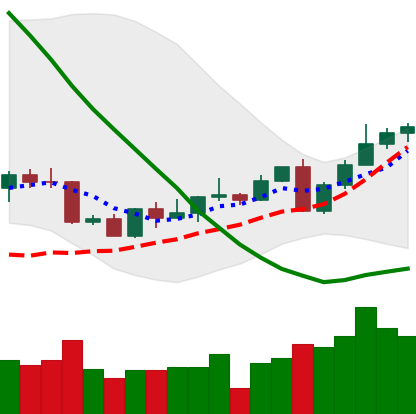
Ticker: LINK-USD
Chart end date: 2022-09-11
Forward return: -4.631%
Label: down_3_5